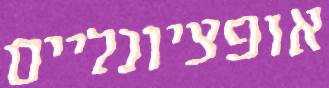
אופציונליים